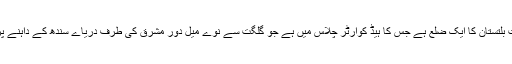
دیامر گلگت بلتستان کا ایک ضلع ہے جس کا ہیڈ کوارٹر چلاس میں ہے جو گلگت سے نوے میل دور مشرق کی طرف دریاے سندھ کے داہنے پر واقع ہے ۔